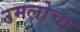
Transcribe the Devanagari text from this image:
उमलोचा